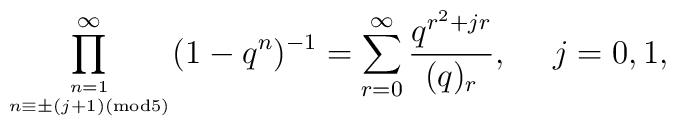
\displaystyle\prod_{n=1 \atop n \equiv \pm (j+1) ({\rm mod }5)}^{\infty}(1-q^n )^{-1}=\displaystyle\sum_{r=0}^{\infty} \frac{q^{r^2 +jr}}{(q)_r}, ~~~~j=0, 1,